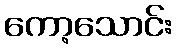
ကော့သောင်း